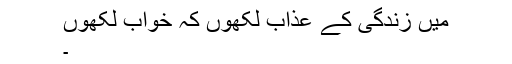
میں زندگی کے عذاب لکھوں کہ خواب لکھوں
۔